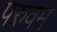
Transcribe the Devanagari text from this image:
परुवम